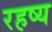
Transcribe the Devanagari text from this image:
रहष्य